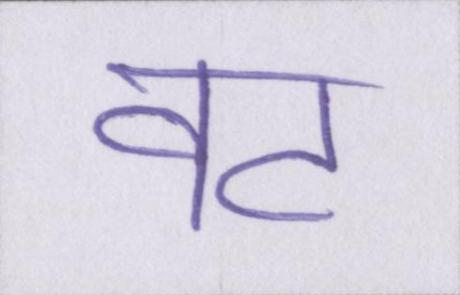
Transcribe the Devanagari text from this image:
वट